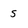
Character: s